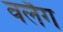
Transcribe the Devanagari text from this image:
वर्लैग